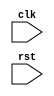
module memory_controller(
    input wire clk,
    input wire rst,
    // Other input and output ports for memory operations
    
    // Behavioral modeling blocks
    // State machine
    // Counters
    // Register files
    
    // Memory operations
    // Read data from memory
    // Write data to memory
    // Data transfers
    
    // Data integrity
    // Address decoding
    // Data buffering
    // Error checking
    
    // Modular and scalable design
    // Various memory configurations and interfaces
    
    // Efficient and reliable memory management
    // Logic for memory operations
    // Logic for memory access
);

// Verilog code for memory controller design goes here

endmodule